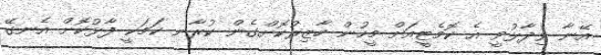
އޭނާ ވިދާޅުވީ އެ ކޮމެޓީއަށް މީހުން ހާޒިރުކޮށްގެން ކުރާނ ކަމަކީ ފާޅުކޮށް އެނގޭ